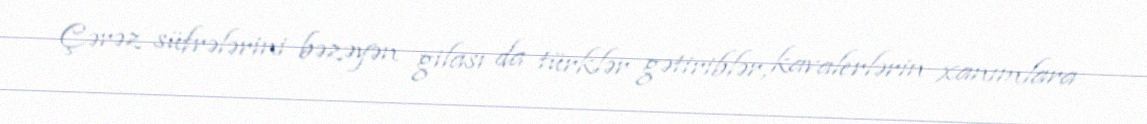
Çərəz süfrələrini bəzəyən gilası da türklər gətiriblər, kavalerlərin xanımlara